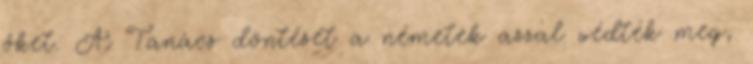
őket. A Tanács döntését a németek azzal védték meg,